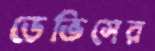
ডেভিসের